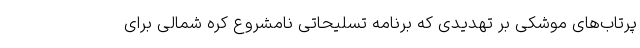
پرتاب‌های موشکی بر تهدیدی که برنامه تسلیحاتی نامشروع کره شمالی برای